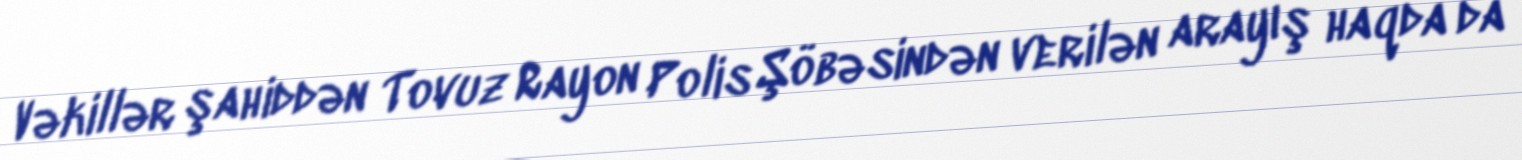
Vəkillər şahiddən Tovuz Rayon Polis Şöbəsindən verilən arayış haqda da